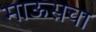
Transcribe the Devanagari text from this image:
माऊसचा